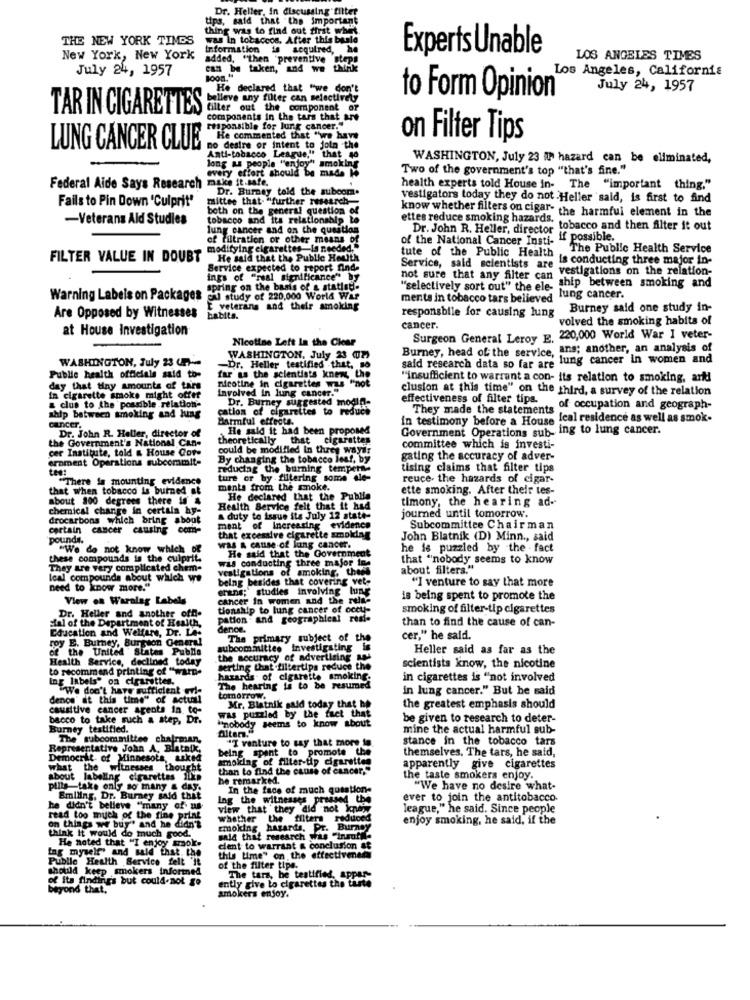
Dr. Heller, in discussing filter
tips, said that the important
thing was to find out first whet.
THE NEW YORK TIMES
was In tobaccos. After this beale
Information
is acquired,
Experts Unable
New York, New York
added, "then 'preventive steps
LOS ANGELES TIMES
July 24, 1957
can be taken, and we think
Los Angeles, California
He declared that "we don't
July 24, 1957
belleve any filter can selectively
to Form Opinion
filter out the component of
TAR IN CIGARETTES
components in the tars that are
responsible for lung cancer."
He commented that "we have
on Filter Tips
LUNG CANCER CLUE
no desire or intent to join the
long as people "enjoy" smoking
Anti-tobacco League," that 40
WASHINGTON, July 23 A hazard can be eliminated,
every effort should be made H
Two of the government's top "that's fine."
make it safe.
Federal Aide Says Research
Dr. Burnsy told the subcom.
health experts told House in-
The "important thing."
Fails to Pin Down 'Culprit"
mittee that. "further research-
vestigators today they do not Heller said, is first to find
both on the general question of
-Veterans Ald Studies
tobacco and its relationship to
ettes reduce smoking hazards.
know whether filters on cigar- the harmful element in the
lung cancer and on the question
Dr. John R. Heller, director tobacco and then filter it out
of filtration or other means of
of the National Cancer Insti- if possible.
modifying cigarettes-is needed.
The Public Health Service
FILTER VALUE IN DOUBT
He said that the Public Health
tute of the Public Health
is conducting three major in-
Service expected to report find.
Service, said scientists are
vestigations on the relation-
ings of "real significance" by
not sure that any filter can
spring on the basis of a statist.
"selectively sort out" the ele-
ship between smoking and
Warning Labels on Packages
cal study of 220,000 World War
ments in tobacco tars believed
lung cancer.
E veterans and their smoking
Burney said one study in-
Are Opposed by Witnesses
habits.
responsbile for causing lung
volved the smoking habits of
at House Investigation
cancer.
Nicotine Left In the Clear
Surgeon General Leroy E. 220,000 World War I veter-
Burney, head of the service, ans; another, an analysis of
WASHINGTON, July 23 (.) --
WASHINGTON, July 23 (2)
said research data so far are lung cancer in women and
-Dr. Heller testified .that, so
Public health officials said to-
far as the scientists knew, the
"insufficient to warrant a con- its relation to smoking, arki
day that tiny amounts of tars
nicotine in cigarettes was "not
involved in lung cancer."
clusion at this time" on the third, a survey of the relation
in cigarette smoke might offer
Dr. Burney suggested modifi-
effectiveness of filter tips.
They made the statements of occupation and geograph-
& clus to the possible relation-
ship between smoking and hung
cation of cigarettes to reduce
reduce
Harmful effects.
In testimony before a House ical residence as well as smok-
cancer.
He said it had been proposed
Government Operations sub- ing to lung cancer.
the Government's National Can-
Dr. John R. Heller, director of
theoretically that
cigarettes
cer Institute, told & House Cor-
could be modified In three waysr
committee which is investi-
ernment Operations subcommit-
By changing the tobacco leaf, by
gating the accuracy of adver-
test
reducing the burning tempera-
tising claims that filter tips
"There is mounting evidence
ture or by filtering some ele-
reuce- the hazards of cigar-
that when tobacco is burned at
ments from the smoke.
ette smoking. After their tes-
about 200 degrees there in 4
He declared that the Publia
timony, the hearing ad-
chemical change in certala hy-
Health Service felt that it had
drocarbons which bring about
& duty to issue its July 12 state-
journed until tomorrow.
certain cancer causing com-
ment of Increasing evidence
Subcommittee Chairman
pounds.
that excessive cigarette smoking
John Blatnik (D) Minn ., said
"We do not know which of
was a cause of lung cancer.
He said that the Government
he is puzzled by the - fact
these compounds is the culprit.
was conducting three major ine
that "nobody seems to know
They are very complicated chem-
vestigations of smoking, theis
about filters."
Ical compounds about which we
being besides that covering vet-
"I venture to say that more
need to know more."
entne;" studies involving lung
View on Waralag Labels
cancer In women and the rela-
is being spent to promote the
tionship to lung cancer of occu-
smoking of filter-tip cigarettes
sial of the Department of Health,
Dr. Heller and another off-
pation and geographical resi-
than to find the cause of can-
Education and Welfare, Dr. Le-
denice.
roy E. Burney, Burgson General
The primary subject of the
cer," he said.
of the United States Publie
subcommittee investigating in
Heller said as far as the
Health Service, declined today
the accuracy of advertising sos
to recommend printing of "WarD-
serting that filtertips reduce the
scientists know, the nicotine
ing labels" on cigarettes.
hazards of cigarette smoking.
in cigarettes is "not involved
"We don't have sufficient eri-
The hearing is to be resumed
in lung cancer." But he said
denos" at this time" of actual
tomorrow.
causitive cancer agents in. to-
was puzzled by the fact that
Mr. Blatnik said today that he
the greatest emphasis should
bacco to take such a step, Dr.
#nobody seems to know about
be given to research to deter-
Burney testified.
Altern."
mine the actual harmful sub-
The subcommittee chairman,
"I venture to say that more to
stance in the tobacco tars
Representative John A, Blatnik,
being spant to promote the
themselves. The tars, he said,
Democrit- of Minnesota, asked
smoking of filter-tip cigarettes
what the witnesses thought
than to find the cause of cancer."
apparently give cigarettes
about labeling cigarettes 1Lin
he remarked.
the taste smokers enjoy.
pills-take only so many & day.
In the face of much question-
"We have no desire what-
Smiling, Dr. Burney said that
Ing the witnesses pressed the
ever to join the antitobacco-
he didn't believe "many of' us
view that they did not kopmy
league," he said. Since people
read too much of the fine print
enjoy smoking, he said, if the
on things we buy"' and he didn't
smoking hasards. Pr. Burney
whether the filters reduces
think it would do much good.
He noted that "I enjoy sok.
said that research was "insuffi-
tag myself' and said that. the
dient to warrant & conclusion af
Public Health Service felt 'it
on the ettectivenes
should keep smokers informed
of the filter tips.
The tars, he testified, appar-
of its findings but could-not go
of its find
intly give Lo cigarettes the tarte
beyond thet.
smokers enjoy.